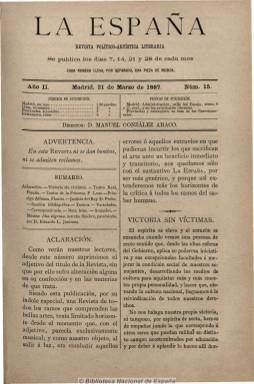
Título: La España (Madrid. 1887)
Colección: Música
Ámbito geográfico: Madrid
Lugar de publicación: Madrid
Fechas: 21/03/1887-28/12/1887

Es continuación de La España musical (1886-1887), que reduce su titulo para no encorsetar la variedad de sus contenidos, pero que mantiene las mismas materias que su precedente y su misma confección y estructura, y continúa su serie en números semanales de 16 páginas, incluyendo por separado una pieza de música. También la sigue dirigiendo Manuel González Araco, y aunque continúan colaborando, entre otros, José Alegría, otros textos están firmados con seudónimos, como Falutín o Paquito. También modifica su subtítulo, siendo ahora “revista política, artística y literaria”.

Además de crónicas e información sobre los teatros madrileños (Real, Príncipe, Español) y artículos sobre música y otras bellas artes, incluye textos de creación literaria tanto en prosa como en verso, y una sección bibliográfica. También sigue ofreciendo biografías y crónicas de sociedad, así como algunos anuncios comerciales en su última plana.